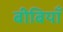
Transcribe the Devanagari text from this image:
बीबियाँ